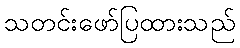
သတင်းဖော်ပြထားသည်